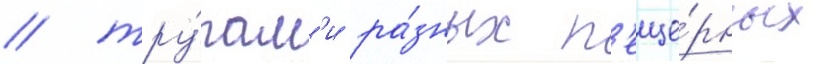
/ тру́пам'и ра́зных п'еще́рных